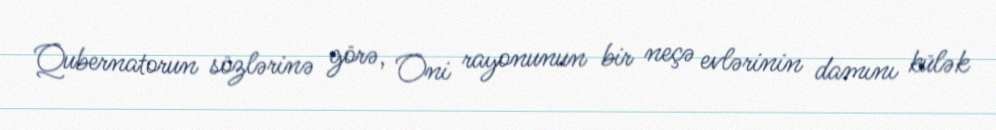
Qubernatorun sözlərinə görə, Oni rayonunun bir neçə evlərinin damını külək